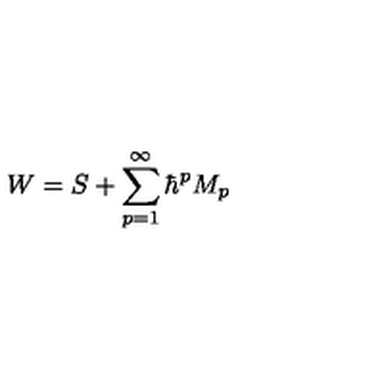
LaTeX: W = S + \sum _ { p = 1 } ^ { \infty } \hbar ^ { p } M _ { p }